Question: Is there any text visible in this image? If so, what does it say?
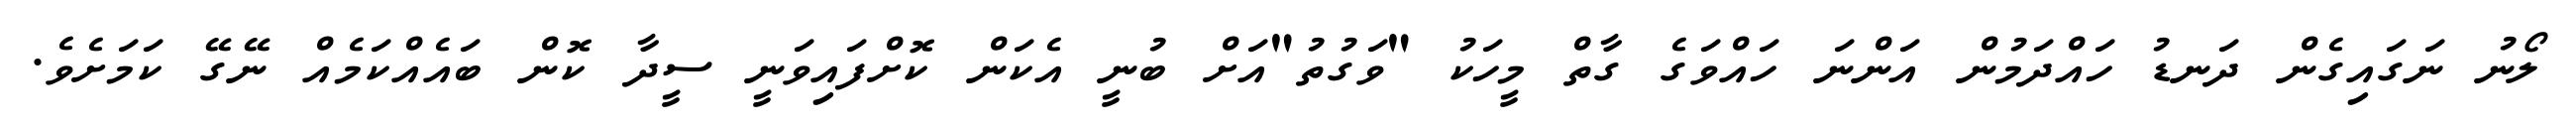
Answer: ލޯނު ނަގައިގެން ދަނޑު ހައްދަމުން އަންނަ ހައްވަގެ ގާތް މީހަކު "ވަގުތު"އަށް ބުނީ އެކަން ކޮށްފައިވަނީ ސީދާ ކޮން ބައެއްކަމެއް ނޭގޭ ކަމަށެވެ.